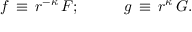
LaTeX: f \, \equiv \, r ^ { - \kappa } \, F ; \, \, \, \, \, \, \, \, \, \, \, \, \, \, \, \, \, g \, \equiv \, r ^ { \kappa } \, G .